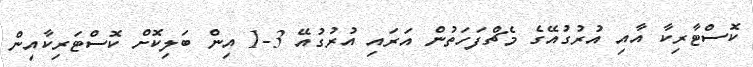
ކޮސްޓާރިކާ އާއި އުރުގުއޭގެ މެޗްފަހަތުން އަރައި އުރުގުއޭ 3-1 އިން ބަލިކޮށް ކޮސްޓަރިކާއިން